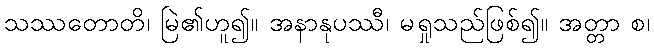
သဿတောတိ၊ မြဲ၏ဟူ၍။ အနာနုပဿီ၊ မရှုသည်ဖြစ်၍။ အတ္တာ စ၊